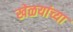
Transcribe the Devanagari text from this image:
खेळयांच्या